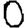
Digit: 0